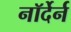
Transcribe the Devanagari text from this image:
नॉर्देर्न